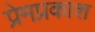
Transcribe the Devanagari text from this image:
प्रेमप्रकाश